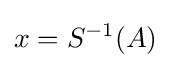
x=S^{-1}(A)